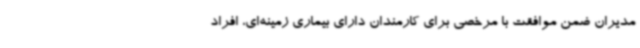
مدیران ضمن موافقت با مرخصی برای کارمندان دارای بیماری زمینه‌ای، افراد